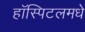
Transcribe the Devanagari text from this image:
हॉस्पिटलमधे